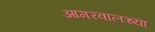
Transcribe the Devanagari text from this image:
आगरवालच्या